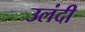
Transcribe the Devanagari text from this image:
उलंदी